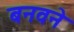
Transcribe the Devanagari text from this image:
बनवने